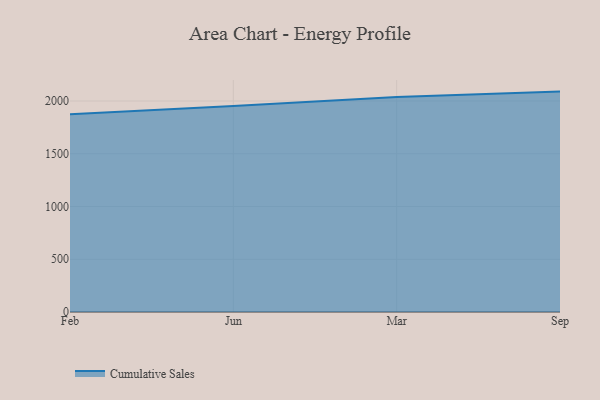
{"axis": {"x": "Month", "y": "Temperature (°C)"}, "legend": ["Cumulative Sales"], "data": [{"x": "Feb", "y": 1874.6, "type": "Cumulative Sales"}, {"x": "Jun", "y": 1951.4, "type": "Cumulative Sales"}, {"x": "Mar", "y": 2038.3, "type": "Cumulative Sales"}, {"x": "Sep", "y": 2089.0, "type": "Cumulative Sales"}]}